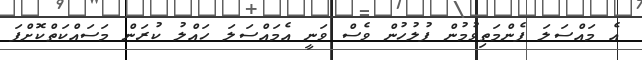
އެ މައްސަލަ ފެންމަތިވުމުން ފުލުހުން ވެސް ވަނީ އެމައްސަލަ ހައްލު ކުރަން މަސައްކަތްކޮށްފަ